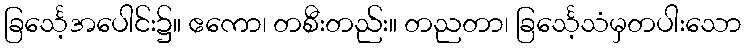
ခြင်္သေ့အပေါင်း၌။ ဧကော၊ တစီးတည်း။ တညတာ၊ ခြင်္သေ့သံမှတပါးသော